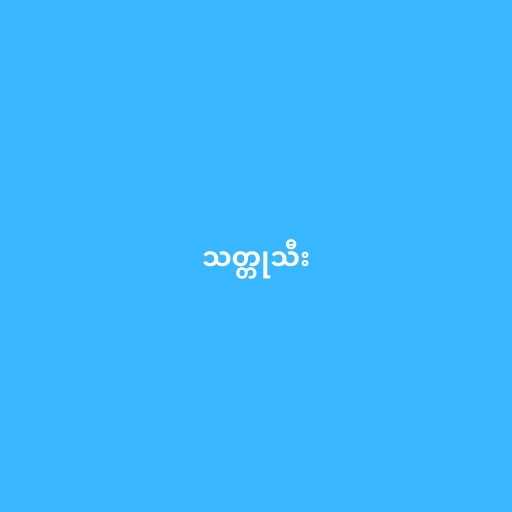
သတ္တုသီး